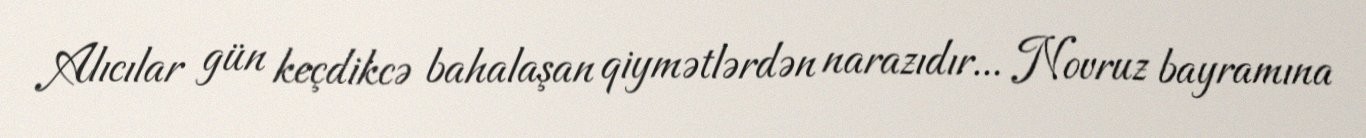
Alıcılar gün keçdikcə bahalaşan qiymətlərdən narazıdır... Novruz bayramına